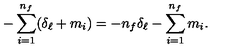
- \sum _ { i = 1 } ^ { n _ { f } } ( \delta _ { \ell } + m _ { i } ) = - n _ { f } \delta _ { \ell } - \sum _ { i = 1 } ^ { n _ { f } } m _ { i } .